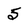
Character: 5